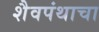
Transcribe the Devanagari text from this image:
शैवपंथाचा